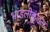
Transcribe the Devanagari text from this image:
भांडलीकुंडल